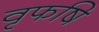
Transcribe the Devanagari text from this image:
वृफषि